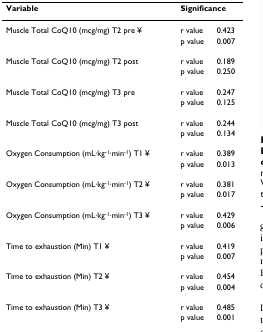
| Variable | <COLSPAN=2> Significance |
 | --- | --- | --- |
 | Muscle Total CoQ10 (mcg/mg) T2 pre ¥ | r value | 0.423 |
 |  | p value | 0.007 |
 | Muscle Total CoQ10 (mcg/mg) T2 post | r value | 0.189 |
 |  | p value | 0.250 |
 | Muscle Total CoQ10 (mcg/mg) T3 pre | r value | 0.247 |
 |  | p value | 0.125 |
 | Muscle Total CoQ10 (mcg/mg) T3 post | r value | 0.244 |
 |  | p value | 0.134 |
 | Oxygen Consumption (mL·kg-1·min-1) T1 ¥ | r value | 0.389 |
 |  | p value | 0.013 |
 | Oxygen Consumption (mL·kg-1·min-1) T2 ¥ | r value | 0.381 |
 |  | p value | 0.017 |
 | Oxygen Consumption (mL·kg-1·min-1) T3 ¥ | r value | 0.429 |
 |  | p value | 0.006 |
 | Time to exhaustion (Min) T1 ¥ | r value | 0.419 |
 |  | p value | 0.007 |
 | Time to exhaustion (Min) T2 ¥ | r value | 0.454 |
 |  | p value | 0.004 |
 | Time to exhaustion (Min) T3 ¥ | r value | 0.485 |
 |  | p value | 0.001 |